Petrogradi_Kontroll-Opteerimise_Komisjon, lk 373
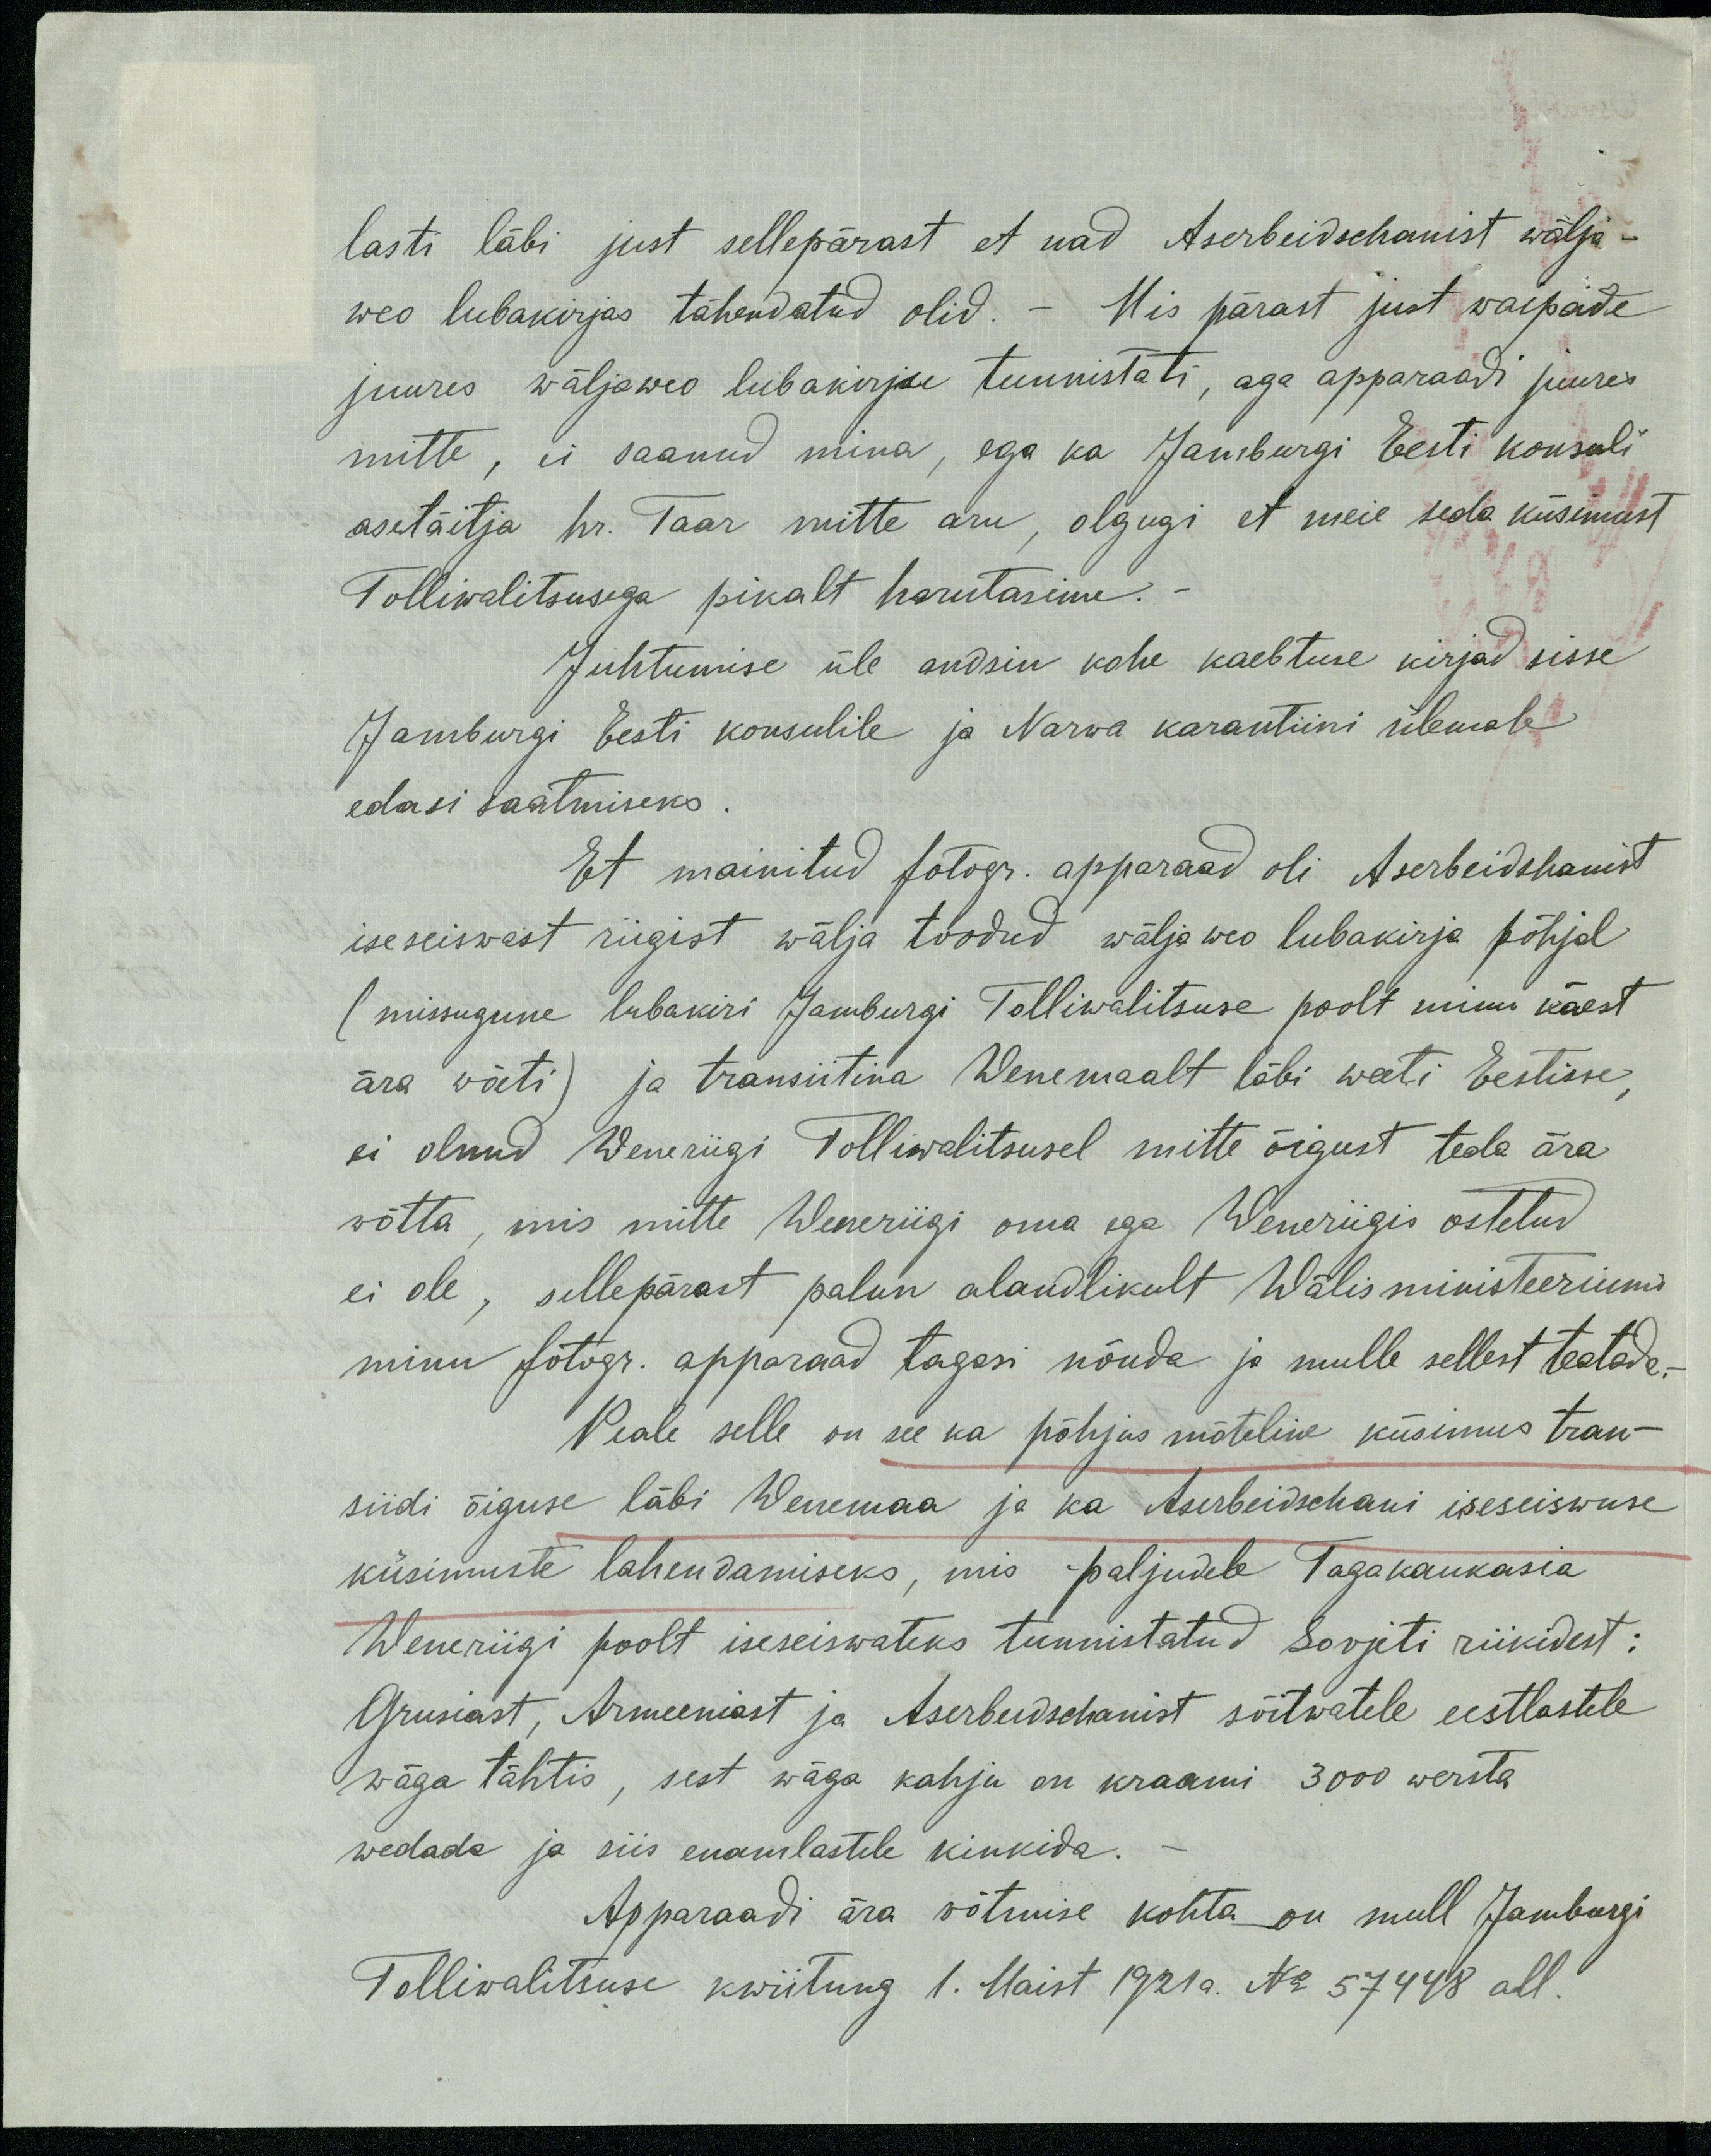
lasti läbi just sellepärast et nad Aserbeidschanist wälja-
weo lubakirjas tähendatud olid. - Mis pärast just waipade
juures wäljaweo lubakirju tunnistati, aga apparaadi juures
mitte, ei saanud mina, ega ka Jamburgi Eesti konsuli
asetäitja hr. Taar mitte aru, olgugi et meie seda küsimust
Tolliwalitsusega pikalt harutasime. -
Juhtumise üle andsin kohe kaebtuse kirjad sisse
Jamburgi Eesti konsulile ja Narwa karantiini ülemale
edasi saatmiseks.
Et mainitud fotogr. apparaad oli Aserbeidshanist
iseseiswast riigist wälja toodud wäljaweo lubakirja põhjal
(missugune lubakiri Jamburgi Tolliwalitsuse poolt minu käest
ära võeti) ja transiitina Wenemaalt läbi weeti Eestisse,
ei olnud Weneriigi Tolliwalitsusel mitte õigust teda ära
wõtta, mis mitte Weneriigi oma ega Weneriigis ostetud
ei ole, sellepärast palun alandlikult Wälisministeeriumi
minu fotogr. apparaad tagasi nõuda ja mulle sellest teatada. -
Peale selle on see ka põhjus mõteline küsimus tran-
siidi õiguse läbi Wenemaa ja ka Aserbeidschani iseseiswuse
küsimuste lahendamiseks, mis paljudele Tagakaukasia
Weneriigi poolt iseseiswateks tunnistatud Sovjeti riikidest:
Grusiast, Armeeniast ja Aserbeidschanist sõitwatele eestlastele
wäga tähtis, sest wäga kahju on kraami 3000 wersta
wedada ja siis enamlastele kinkida.
Apparaadi ära võtmise kohta on mull Jamburgi
Tolliwalitsuse kwiitung 1. Maist 1921a. No 57748 all.